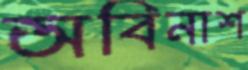
অবিনাশ